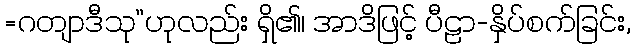
=ဂတျာဒီသု”ဟုလည်း ရှိ၏၊ အာဒိဖြင့် ပီဠာ-နှိပ်စက်ခြင်း,